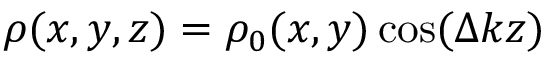
\rho ( x , y , z ) = \rho _ { 0 } ( x , y ) \cos ( \Delta k z )